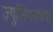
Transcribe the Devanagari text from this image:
ज्युलियनांच्या